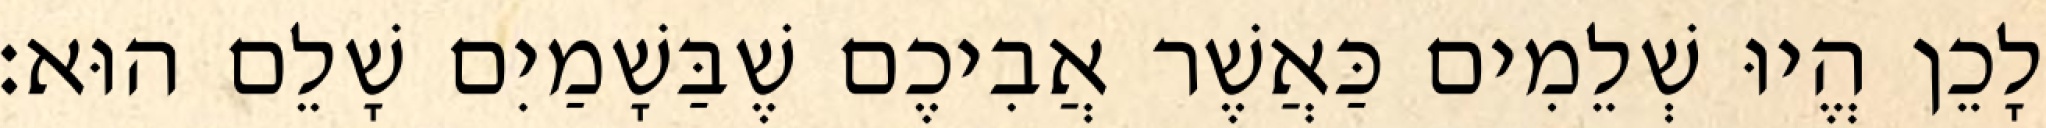
לָכֵן הֱיוּ שְׁלֵמִים כַּאֲשֶׁר אֲבִיכֶם שֶׁבַּשָׁמַיִם שָׁלֵם הוּא׃